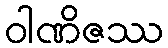
ဝါဏိဇဿ